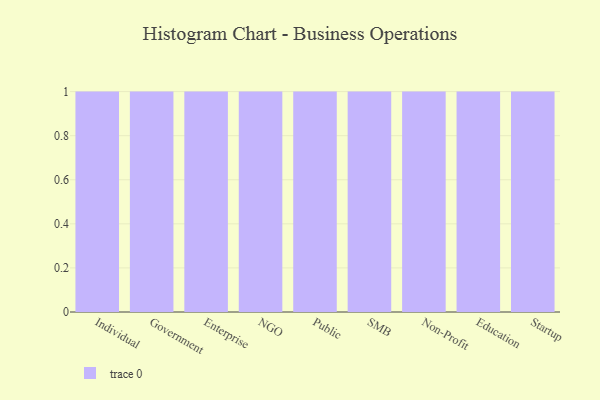
{"axis": {"x": "Segment", "y": "Inventory Turnover"}, "legend": [""], "data": [{"x": "Individual", "y": 90, "type": ""}, {"x": "Government", "y": 49, "type": ""}, {"x": "Enterprise", "y": 12, "type": ""}, {"x": "NGO", "y": 8, "type": ""}, {"x": "Public", "y": 70, "type": ""}, {"x": "SMB", "y": 34, "type": ""}, {"x": "Non-Profit", "y": 55, "type": ""}, {"x": "Education", "y": 49, "type": ""}, {"x": "Startup", "y": 49, "type": ""}]}